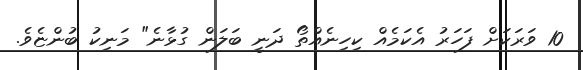
10 ވަރަކަށް ފަހަރު އެކަމެއް ކިހިނެއްތޯ ދަނީ ބަލަން ގުޅާނެ" މަނިކު ބުންޏެވެ.